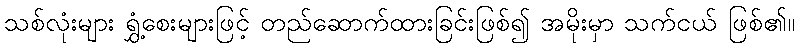
သစ်လုံးများ ရွှံ့စေးများဖြင့် တည်ဆောက်ထားခြင်းဖြစ်၍ အမိုးမှာ သက်ငယ် ဖြစ်၏။